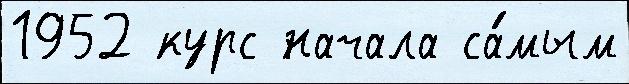
1952 курс начала са́мым